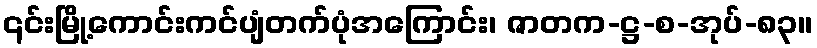
၎င်းမြို့ကောင်းကင်ပျံတက်ပုံအကြောင်း၊ ဇာတက-ဋ္ဌ-စ-အုပ်-၈၃။